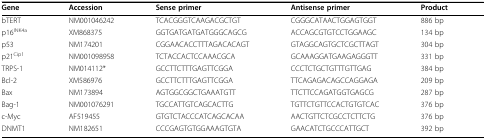
<table><thead><tr><td><b>Gene</b></td><td><b>Accession</b></td><td><b>Sense primer</b></td><td><b>Antisense primer</b></td><td><b>Product</b></td></tr></thead><tbody><tr><td>bTERT</td><td>NM001046242</td><td>TCACGGGTCAAGACGCTGT</td><td>CGGGCATAACTGGAGTGGT</td><td>886 bp</td></tr><tr><td>p16<sup>INK4a</sup></td><td>XM868375</td><td>GGTGATGATGATGGGCAGCG</td><td>ACCAGCGTGTCCTGGAAGC</td><td>134 bp</td></tr><tr><td>p53</td><td>NM174201</td><td>CGGAACACCTTTAGACACAGT</td><td>GTAGGCAGTGCTCGCTTAGT</td><td>304 bp</td></tr><tr><td>p21<sup>Cip1</sup></td><td>NM001098958</td><td>TCTACCACTCCAAACGCA</td><td>GCAAAGGATGAAGAGGGTT</td><td>331 bp</td></tr><tr><td>TRPS-1</td><td>NM014112*</td><td>GCCTTCTTTGAGTTCGGA</td><td>CCCTCTGCTGTTTGTTGAG</td><td>384 bp</td></tr><tr><td>Bcl-2</td><td>XM586976</td><td>GCCTTCTTTGAGTTCGGA</td><td>TTCAGAGACAGCCAGGAGA</td><td>209 bp</td></tr><tr><td>Bax</td><td>NM173894</td><td>AGTGGCGGCTGAAATGTT</td><td>TTCTTCCAGATGGTGAGCG</td><td>287 bp</td></tr><tr><td>Bag-1</td><td>NM001076291</td><td>TGCCATTGTCAGCACTTG</td><td>TGTTCTGTTCCACTGTGTCAC</td><td>376 bp</td></tr><tr><td>c-Myc</td><td>AF519455</td><td>GTGTCTACCCATCAGCACAA</td><td>AACTGTTCTCGCCTCTTCTG</td><td>376 bp</td></tr><tr><td>DNMT1</td><td>NM182651</td><td>CCCGAGTGTGGAAAGTGTA</td><td>GAACATCTGCCCATTGCT</td><td>392 bp</td></tr></tbody></table>